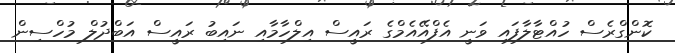
ކޮންގްރެސް ހުއްޓާލާފައި ވަނީ އެފްއޭއެމްގެ ރައީސް އިލްހާމާއި ނައިބު ރައީސް އަބްދުލް މުހްސިން